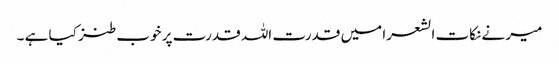
میر نے نکات الشعرا میں قدرت اللہ قدرت پر خوب طنز کیا ہے ۔